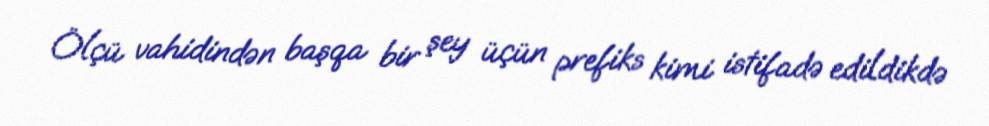
Ölçü vahidindən başqa bir şey üçün prefiks kimi istifadə edildikdə